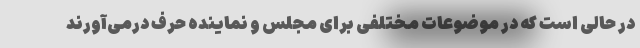
در حالی است که در موضوعات مختلفی برای مجلس و نماینده حرف درمی‌آورند